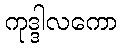
ကုဒ္ဒါလကော